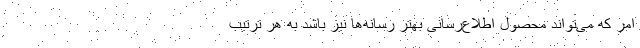
امر که می‌تواند محصول اطلاع‌رسانی بهتر رسانه‌ها نیز باشد به هر ترتیب